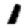
Digit: 1